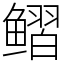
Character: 鳛